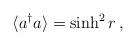
LaTeX: \begin{align*}\langle a^\dagger a \rangle = \sinh^2 r \, ,\end{align*}